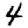
Digit: 4